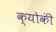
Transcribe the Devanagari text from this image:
क्योकीं